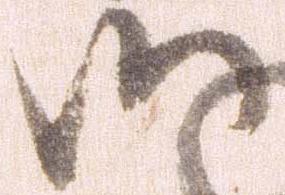
御